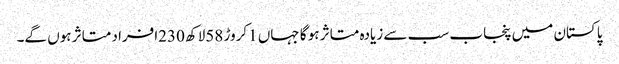
پاکستان میں پنجاب سب سے زیادہ متاثر ہو گا جہاں 1کروڑ 58لاکھ 230افراد متاثر ہوں گے۔